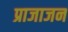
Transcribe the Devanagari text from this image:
प्राजाजन